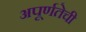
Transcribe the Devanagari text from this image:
अपूर्णतेची